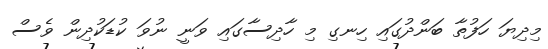
މިދިޔަ ހަފުތާ ބަންދުގައި ހިނގި މި ހާދިސާގައި ވަނީ ނުވަ ކުޑަކުދިން ވެސް